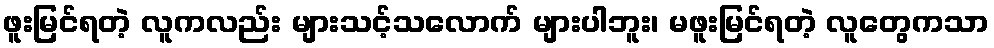
ဖူးမြင်ရတဲ့ လူကလည်း များသင့်သလောက် များပါဘူး၊ မဖူးမြင်ရတဲ့ လူတွေကသာ